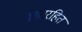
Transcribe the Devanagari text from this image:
छतरहित